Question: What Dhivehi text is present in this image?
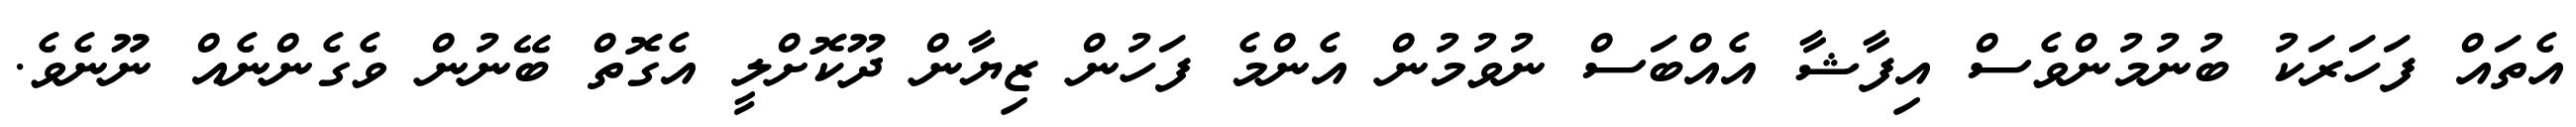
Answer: އެތައް ފަހަރަކު ބުނުމުންވެސް އިފާޝާ އެއްބަސް ނުވުމުން އެންމެ ފަހުން ޒިޔާން ދޫކޮށްލީ އެގޮތް ބޭނުން ވެގެންނެއް ނޫނެވެ.